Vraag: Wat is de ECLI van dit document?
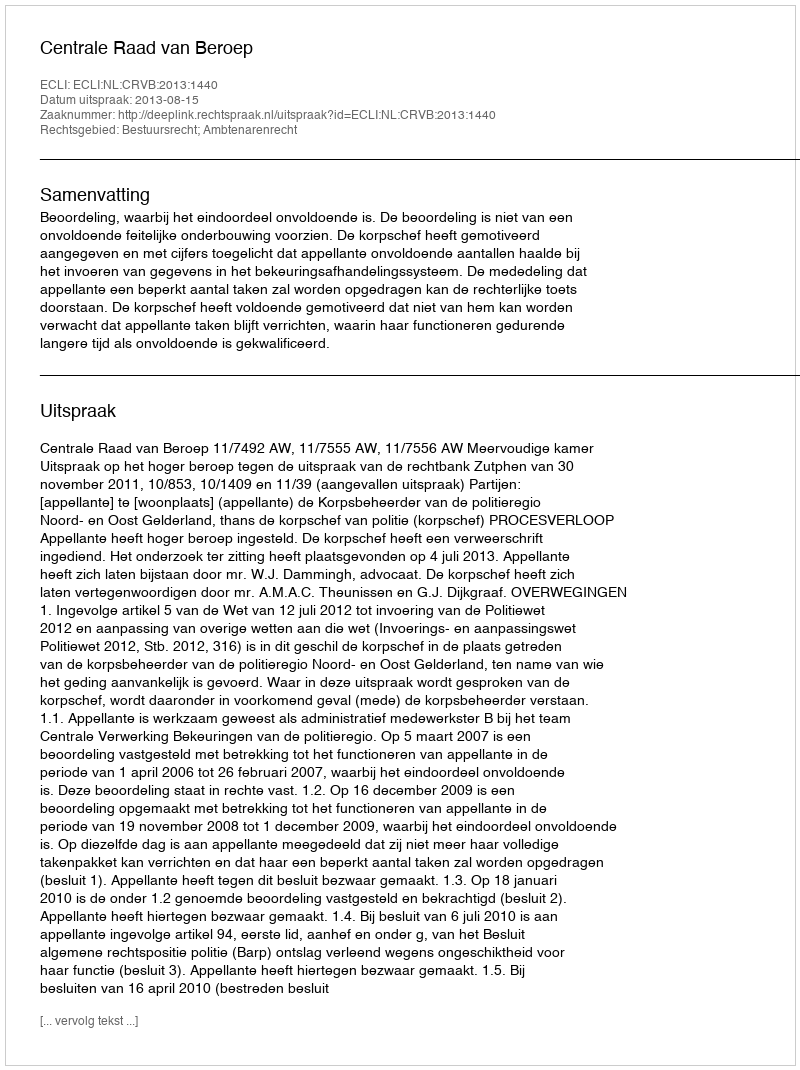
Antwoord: ECLI:NL:CRVB:2013:1440